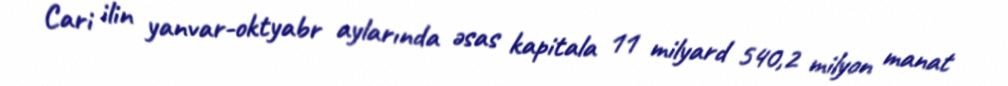
Cari ilin yanvar-oktyabr aylarında əsas kapitala 11 milyard 540,2 milyon manat